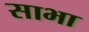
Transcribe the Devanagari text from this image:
साभा